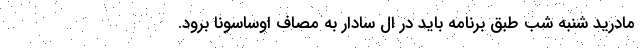
مادرید شنبه شب طبق برنامه باید در ال سادار به مصاف اوساسونا برود.